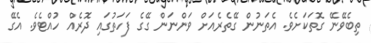
ތިބެވޭނޭ ގޮތަކަށެވެ. އެތަނުން ގޭތެރެއަށް ވަންނަން ގޭގެ ފަހަތުގައި ދޮރެއް ހުއްޓެވެ. އެގޭ